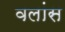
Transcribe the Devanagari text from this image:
वलांस